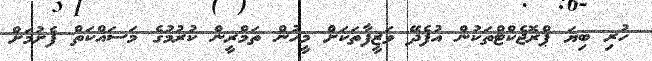
ހުރި ބިޔަ ޕްރޮޖެކްޓްތަކުން އުފެދޭ ވަޒީފާތަކަށް މީހުން ތަމްރީން ކުރުމުގެ މަސައްކަތް ފެށުމަށް